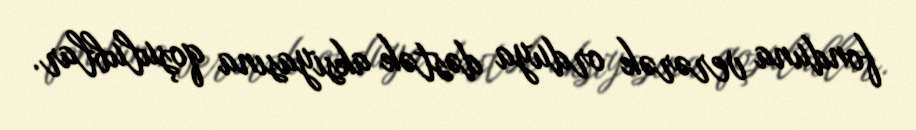
fonduna verərək orduya dəstək aksiyasına qoşulublar.